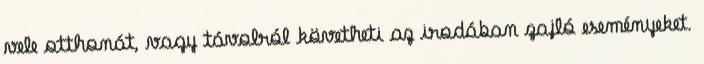
vele otthonát, vagy távolról követheti az irodában zajló eseményeket.